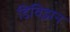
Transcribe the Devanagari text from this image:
डिविझ़न